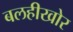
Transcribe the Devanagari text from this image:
बलहीखोर